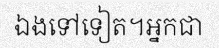
ឯងទៅទៀត។អ្នកជា